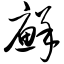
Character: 癣